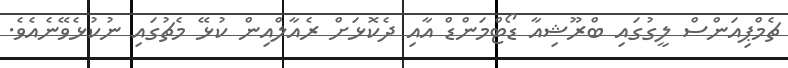
ޗެމްޕިއަންސް ލީގުގައި ބްރޫޝިއާ ޑޯޓްމަންޑް އާއި ދެކޮޅަށް ރެއާލްއިން ކުޅޭ މެޗުގައި ނުކުޅެވޭނެއެވެ.